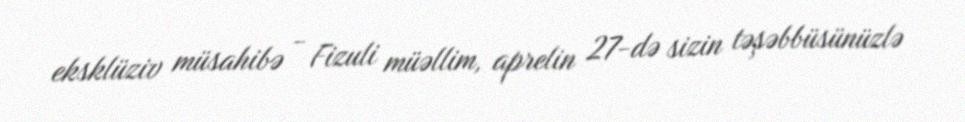
eksklüziv müsahibə - Fizuli müəllim, aprelin 27-də sizin təşəbbüsünüzlə